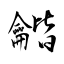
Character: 龤